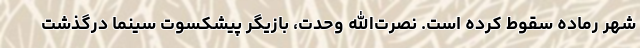
شهر رماده سقوط کرده است. نصرت‌الله وحدت، بازیگر پیشکسوت سینما درگذشت